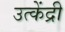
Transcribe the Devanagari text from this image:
उत्केंद्री